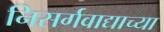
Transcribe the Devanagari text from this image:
निसर्गवाद्याच्या